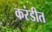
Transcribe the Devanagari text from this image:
करंडीत